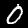
Label: 0